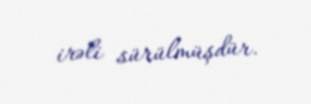
irəli sürülmüşdür.